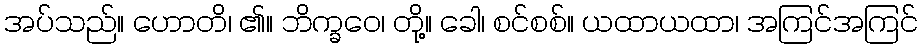
အပ်သည်။ ဟောတိ၊ ၏။ ဘိက္ခဝေ၊ တို့။ ခေါ၊ စင်စစ်။ ယထာယထာ၊ အကြင်အကြင်